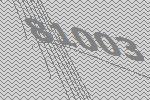
81003